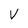
Character: V